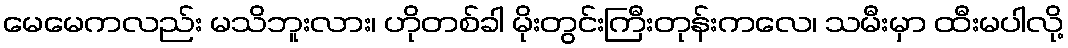
မေမေကလည်း မသိဘူးလား၊ ဟိုတစ်ခါ မိုးတွင်းကြီးတုန်းကလေ၊ သမီးမှာ ထီးမပါလို့